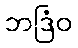
ဘဒြံဝ